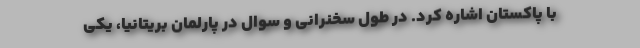
با پاکستان اشاره کرد. در طول سخنرانی و سوال در پارلمان بریتانیا، یکی